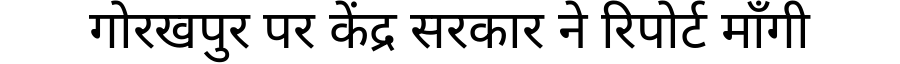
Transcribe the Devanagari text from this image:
गोरखपुर पर केंद्र सरकार ने रिपोर्ट माँगी